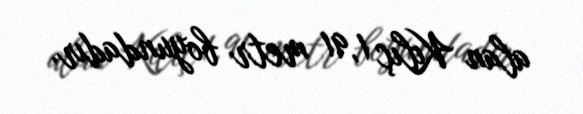
alan Kılıç 1,91 metr boyundadır.